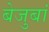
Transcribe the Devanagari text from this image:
बेजुबां